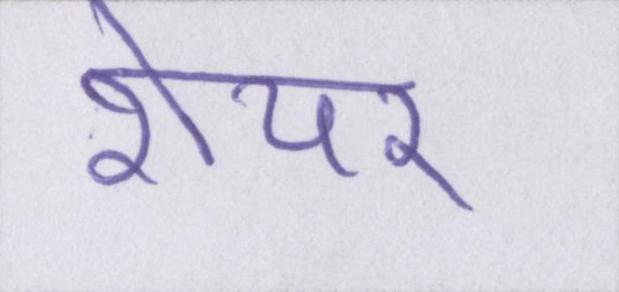
शेयर